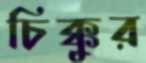
চিক্কুর